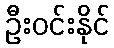
ဦးဝင်းနိုင်